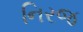
નિરજ